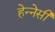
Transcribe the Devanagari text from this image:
हेन्नेसी